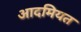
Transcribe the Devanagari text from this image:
आदमियत